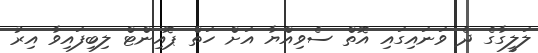
ލަލީގާގެ ދެ ވަނައިގައި އޮތް ސެވިއްޔާ އަށް ހަތް ޕޮއިންޓް ލިބިފައިވާ އިރު